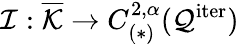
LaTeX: \mathcal{I}:\overline{{\mathcal{K}}}\to C_{(*)}^{2,\alpha}(\mathcal{Q}^{\mathrm{iter}})